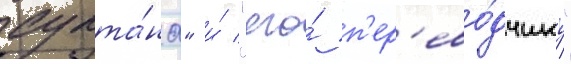
султа́на" и́ "его́ п'ер'ево́дчику"